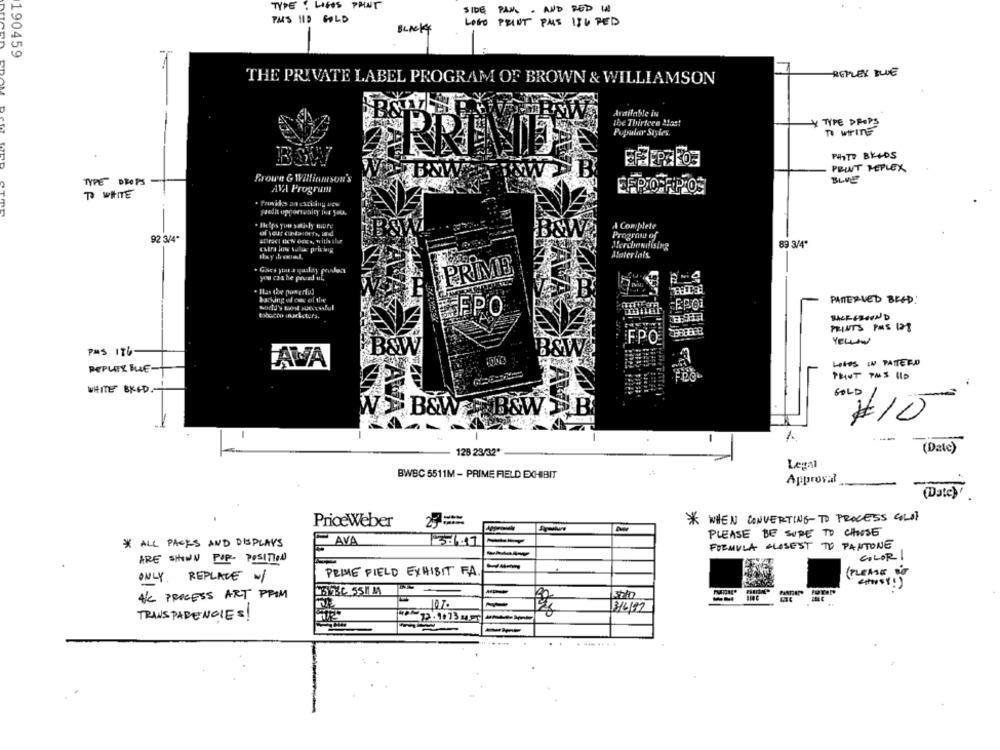
TYPE . LINS PHUT
SIDE PAML . AND RED IN
PAS 110 GOLD
BLACK
LOGO PRINT PAS ISV RED
190459
REPLEX BLUE
THE PRIVATE LABEL PROGRAM OF BROWN & WILLIAMSON
Available in
Y TYPE PROPS
the Thirteen &lost
Pufrutar Styles.
PhhTO BE+DS
„BWW
PRINT HEPLEX
Frown & Williamson's
BLUE
TYPE DROPS
TO WHITE
AVA Program
Provides an exciting uge
A Complete
92 3/4*
aDraci Bewe ons, with ilur
Program of
extra low salas priv ing
Merchandising
89 3/4"
Atpater fais
PRIME
you cashe peuad ul,
. Has the powerful
13
backing uf car of the
PANTERVED BRED:
IFPO
FPO
YELUN
PMS 176
LeteS IN PATTEFD
PEPUTY BLE-
AVA
WHITE BKCD
GOLD
B&W
#10
-
1
---
128 23/32*
(Date)
Legal
BWBC 5511M - PRIME FIELD EXHIBIT
Approval
(Date)'
WHEN CONVERTING TO PROCESS GOLDT
PriceWeber
=
*
PLEASE BE SURE TO CHOOSE
AVA
* ALL PACKS AND DISPLAYS
FORMULA CLOSEST TO PANTONE
COLOR!
ARE SHOWN POR- POSITION
(PLEASE BE
ONLY. REPLACE W/
PRIME FIELD EXHIBIT FA
6234 55MM
A/C PROCESS ART PROM
TRANSPARENCIES!
--
. .
. ... .. . .